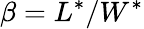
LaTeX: \beta=L^{*}/W^{*}